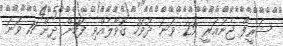
ޝަރީފް ޖެނުއަރީ 29 ވަނަ ދުވަހު ގޮވާލެއްވި ފަހުން ދިން 11 ވަނަ